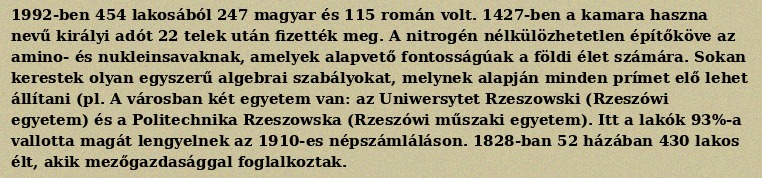
1992-ben 454 lakosából 247 magyar és 115 román volt. 1427-ben a kamara haszna nevű királyi adót 22 telek után fizették meg. A nitrogén nélkülözhetetlen építőköve az amino- és nukleinsavaknak, amelyek alapvető fontosságúak a földi élet számára. Sokan kerestek olyan egyszerű algebrai szabályokat, melynek alapján minden prímet elő lehet állítani (pl. A városban két egyetem van: az Uniwersytet Rzeszowski (Rzeszówi egyetem) és a Politechnika Rzeszowska (Rzeszówi műszaki egyetem). Itt a lakók 93%-a vallotta magát lengyelnek az 1910-es népszámláláson. 1828-ban 52 házában 430 lakos élt, akik mezőgazdasággal foglalkoztak.